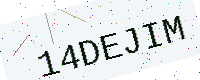
Text: 14DEJIM